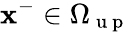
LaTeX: \mathbf{x}^{-}\in\Omega_{\mathrm{~u~p~}}